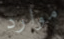
موارد